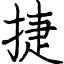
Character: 捷